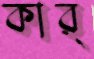
কার্